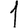
Digit: 1